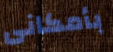
بأمكانى